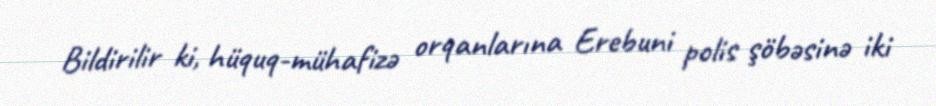
Bildirilir ki, hüquq-mühafizə orqanlarına Erebuni polis şöbəsinə iki